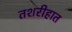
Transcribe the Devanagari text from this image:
तशरीहात